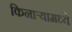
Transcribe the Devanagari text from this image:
किनाऱ्यामध्ये